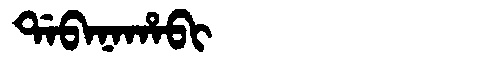
Manchu: ᡩᠠᠪᠠᠨᠠᡥᠠᠪᡳ
Romanization: DABANAHABI